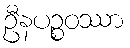
ဦနပဉ္စဝဿာ